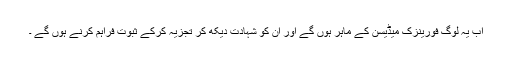
اب یہ لوگ فورینزک میڈیسن کے ماہر ہوں گے اور ان کو شہادت دیکھ کر تجزیہ کرکے ثبوت فراہم کرنے ہوں گے ۔